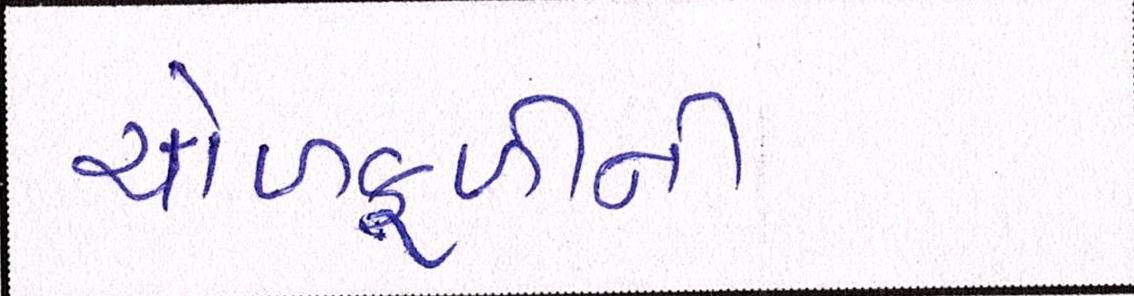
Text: ચોળાફળીની